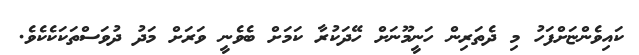
ކައިވެންޏަށްފަހު މި ދެތަރިން ހަނީމޫނަށް ހޭދަކުރާ ކަމަށް ބެެވެނީ ވަރަށް މަދު ދުވަސްތަކަކެކެވެ.